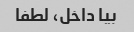
بیا داخل، لطفا